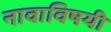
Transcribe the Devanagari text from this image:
नावाविषयी